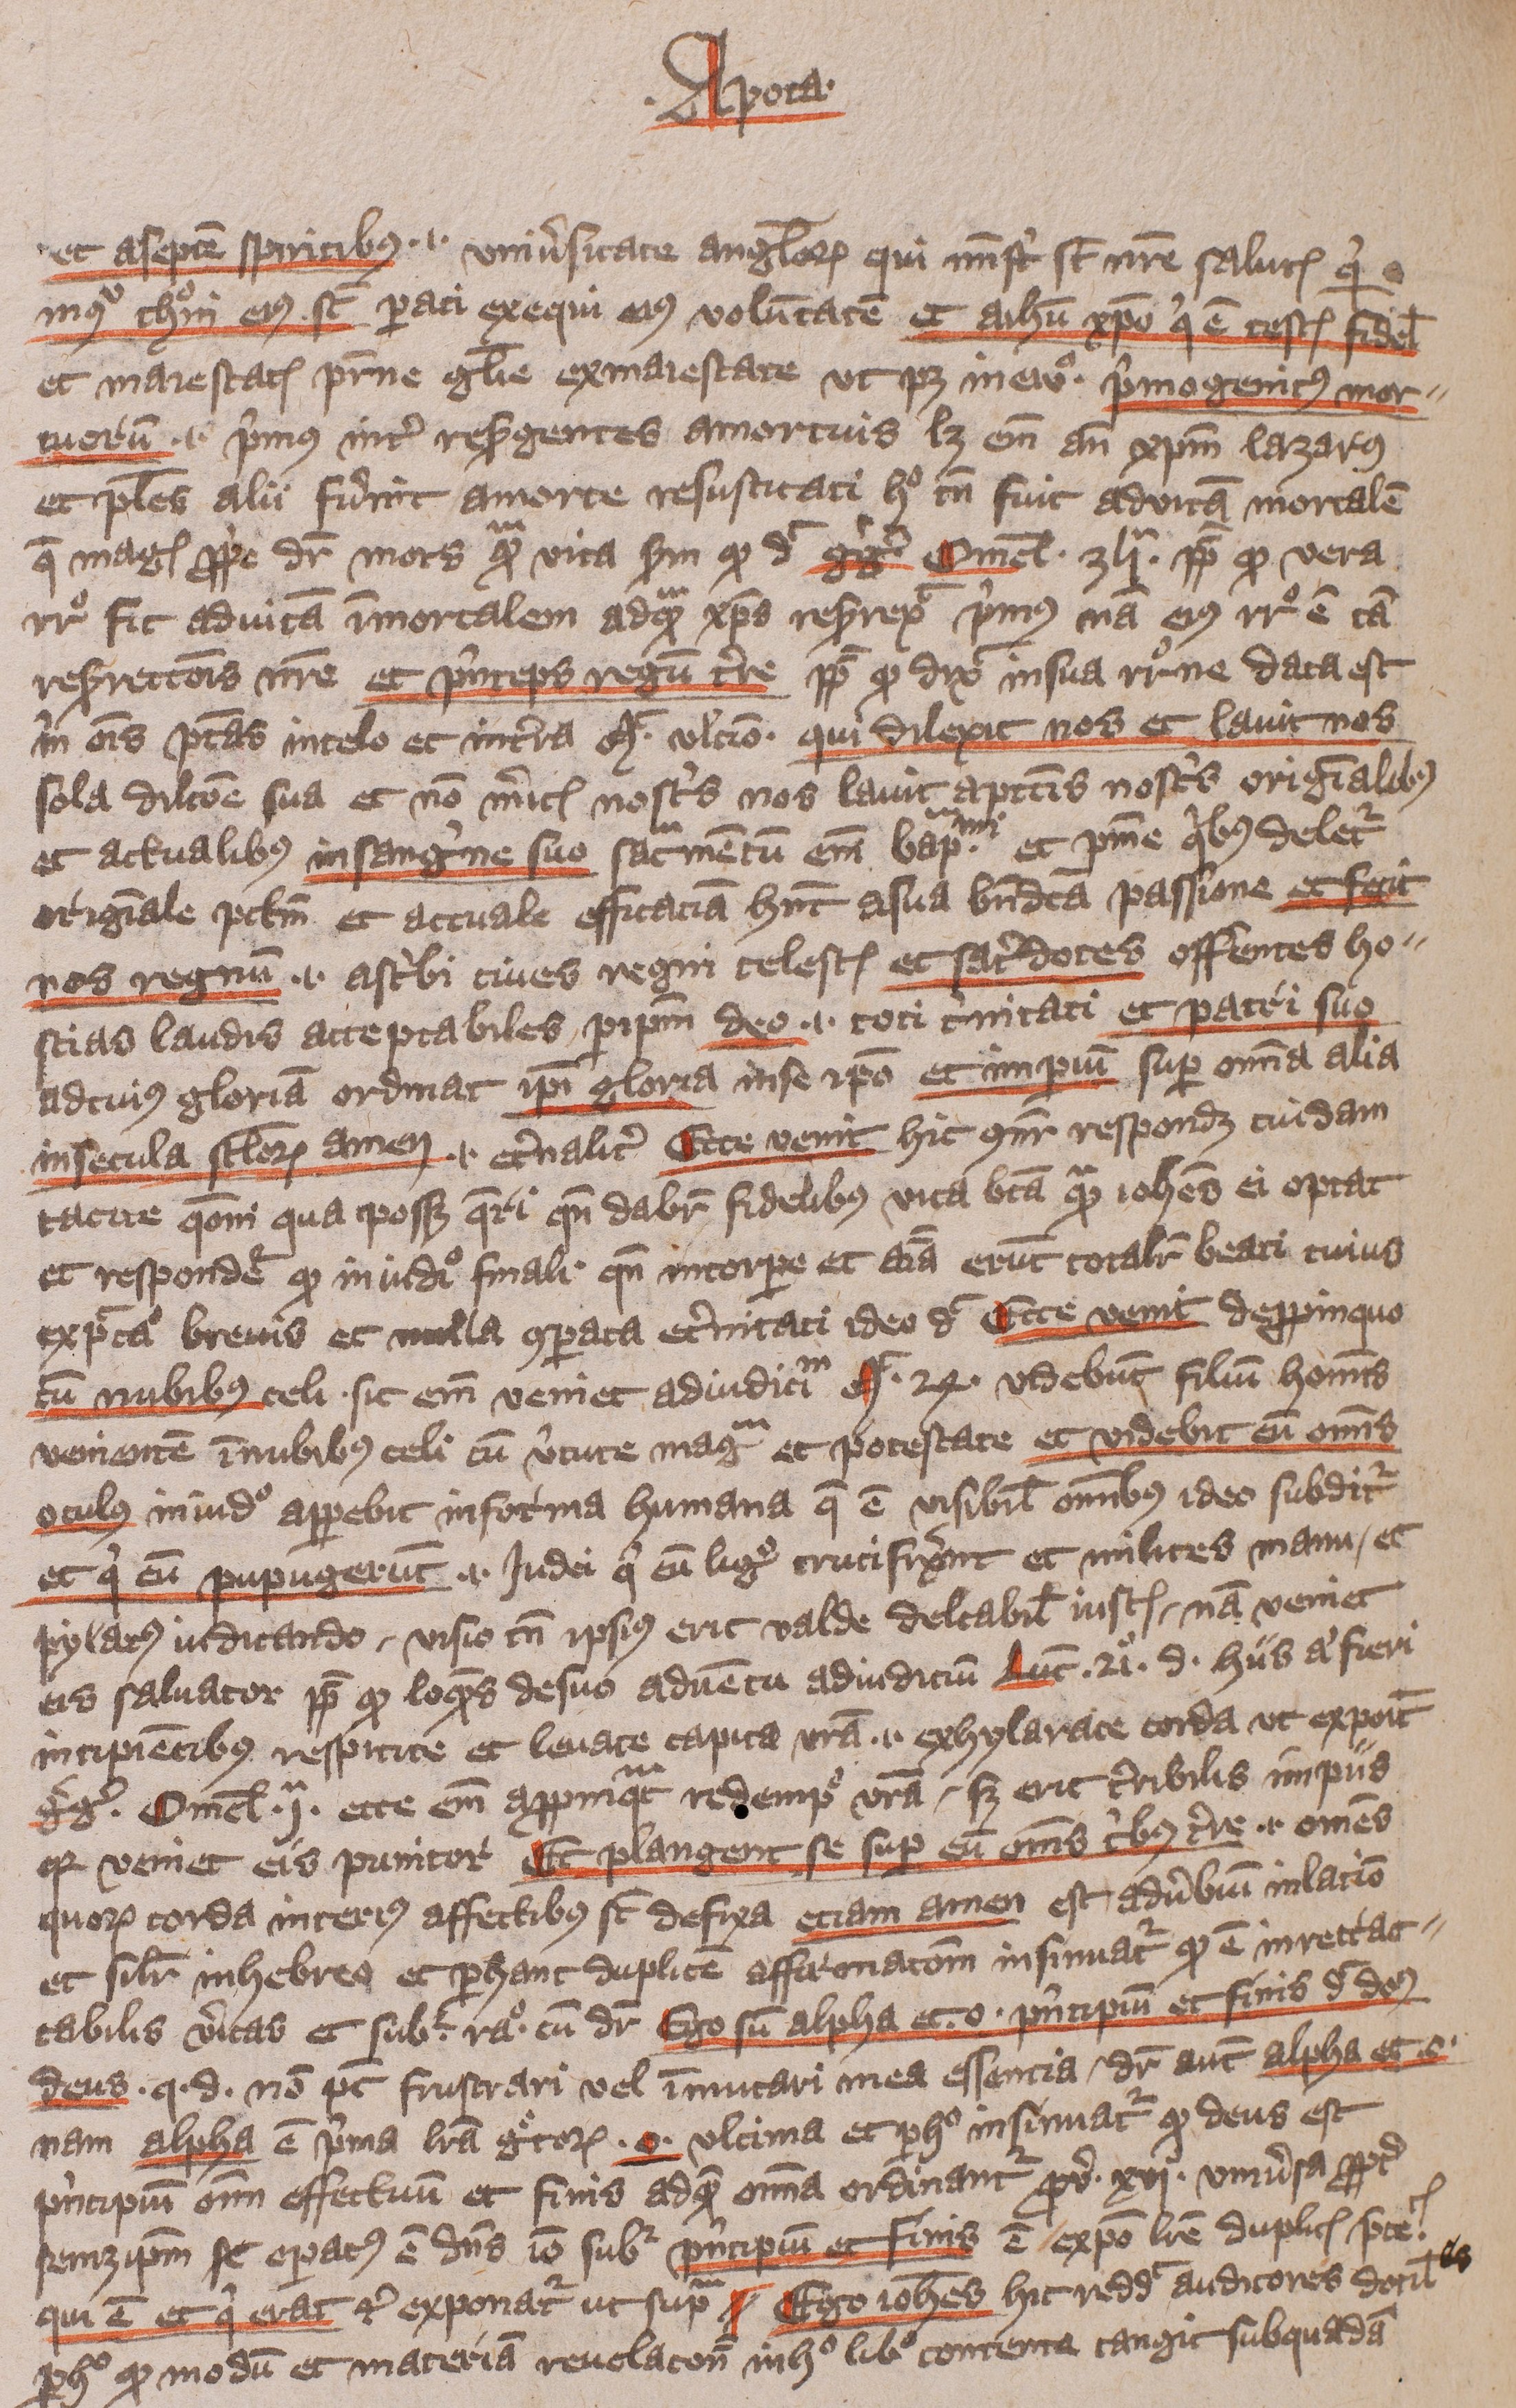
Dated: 1405–1407